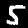
Label: 5